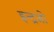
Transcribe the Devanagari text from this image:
इन्द्रजो